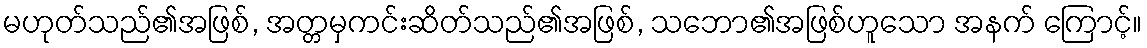
မဟုတ်သည်၏အဖြစ်, အတ္တမှကင်းဆိတ်သည်၏အဖြစ်, သဘော၏အဖြစ်ဟူသော အနက် ကြောင့်။